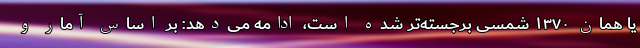
یا همان ۱۳۷۰ شمسی برجسته‌تر شده است، ادامه می‌دهد: بر اساس آمار و